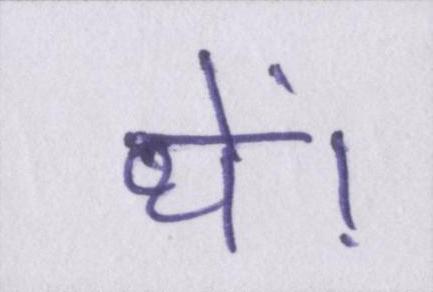
थें।